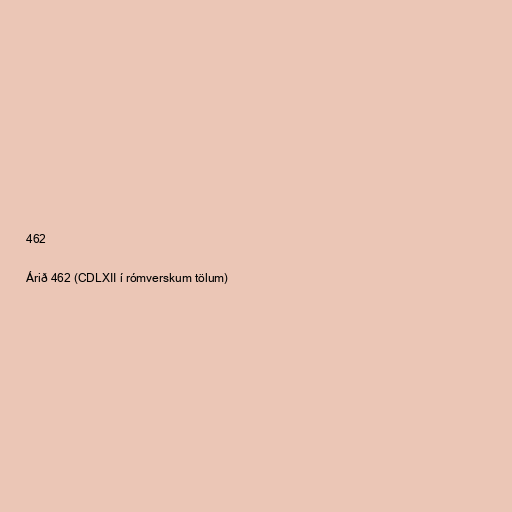
462

Árið 462 (CDLXII í rómverskum tölum)